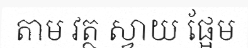
តាម វត្ថ ស្វាយ ផ្អែម